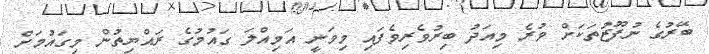
ބޭރުގެ ނުފޫޒުތަކަށް ވުރެ މިއަދު ބިރުވެރިވެފައި މިވަނީ އަމިއްލަ ގައުމުގެ ރައްޔިތުން މިގައުމަށް